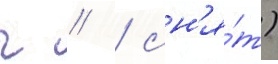
г // / сн'я́т)